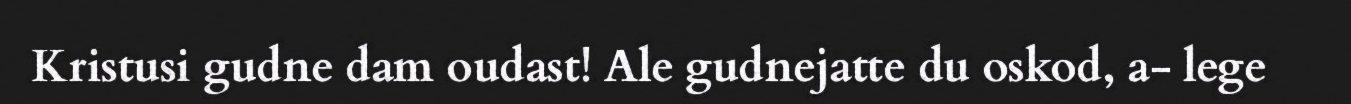
Kristusi gudne dam oudast! Ale gudnejatte du oskod, a- lege